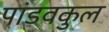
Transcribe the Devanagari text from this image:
पांडवकुल